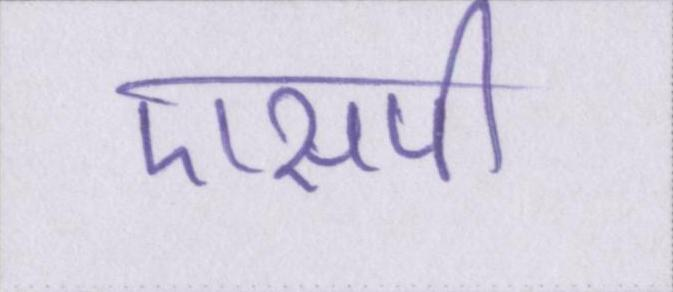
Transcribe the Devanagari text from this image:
एसपी